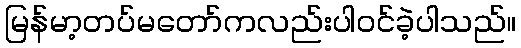
မြန်မာ့တပ်မတော်ကလည်းပါဝင်ခဲ့ပါသည်။